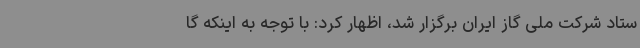
ستاد شرکت ملی گاز ایران برگزار شد، اظهار کرد: با توجه به اینکه گا